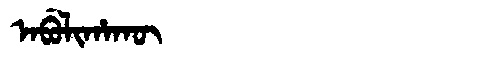
Manchu: ᠠᠪᡠᠯᡳᡥᠠᡴᡡ
Romanization: ABULIHAKŪ